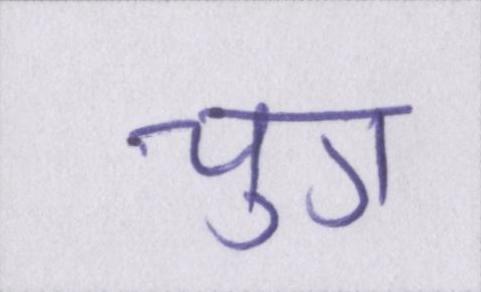
चुग